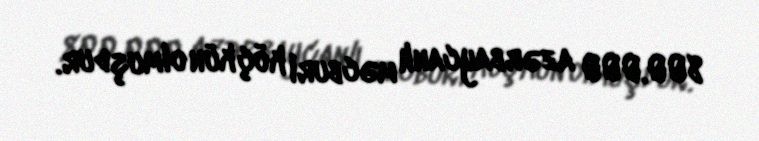
800.000 azərbaycanlı məcburi köçkün olmuşdur.